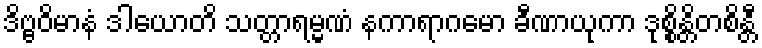
ဒိဗ္ဗဝိမာနံ ဒါယောတိ သတ္တာရမ္မဏံ နကာရာဂမော ခီဏာယုကာ ဒုစ္စိန္တိတစိန္တီ